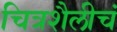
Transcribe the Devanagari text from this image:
चित्रशैलीचं